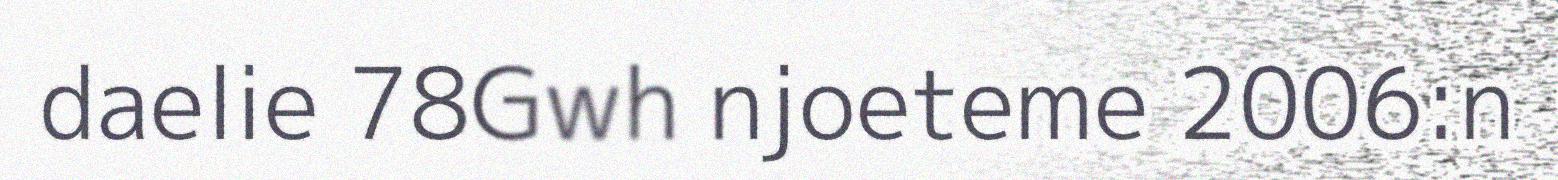
daelie 78Gwh njoeteme 2006:n